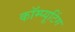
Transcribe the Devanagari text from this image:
कॉम्प्यूटिंग